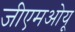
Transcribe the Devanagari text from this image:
जीएमओयू